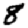
Digit: 8